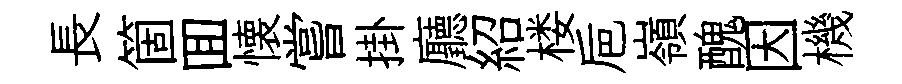
長箇囬懐嘗掛廳紹楼巵嶺醜因機